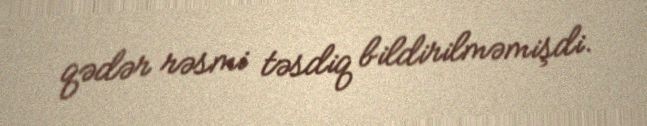
qədər rəsmi təsdiq bildirilməmişdi.